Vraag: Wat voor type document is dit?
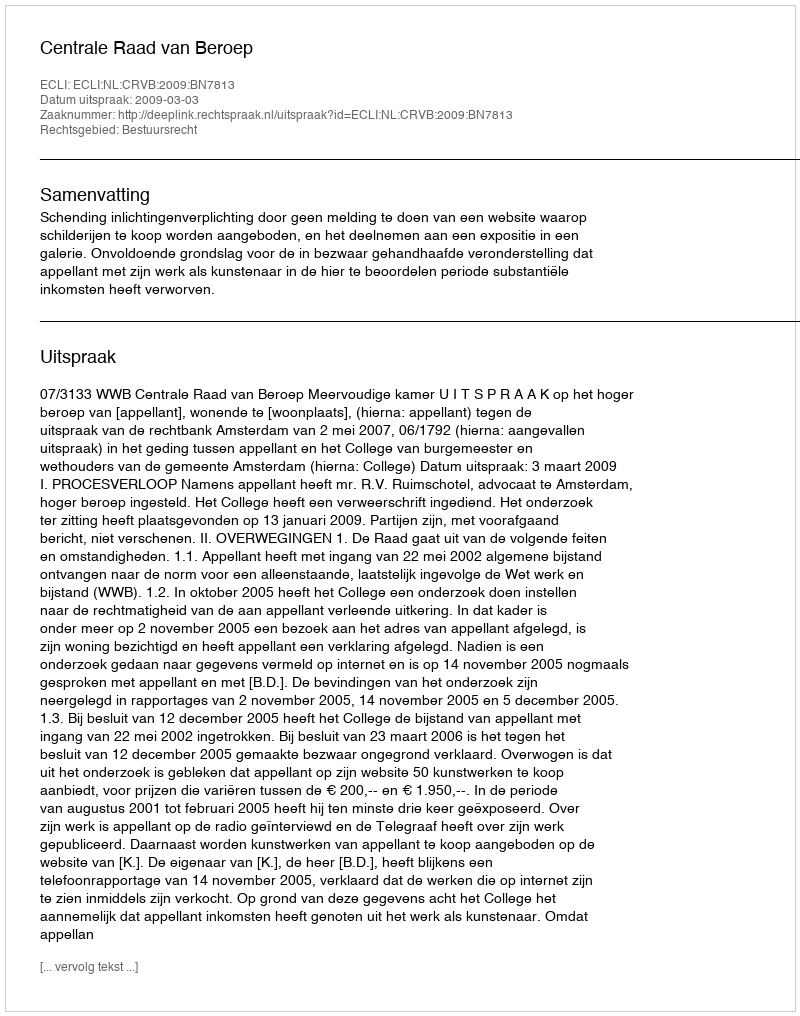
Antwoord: Uitspraak